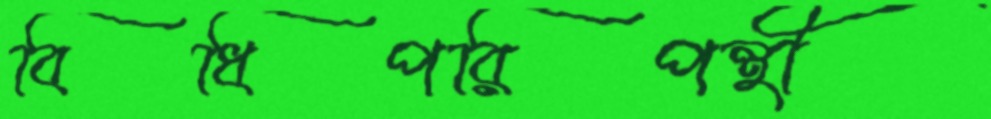
বিধিপরিপন্থী